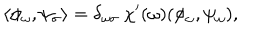
\langle \phi _ { \omega } , \psi _ { \sigma } \rangle = \delta _ { \omega \sigma } ~ \chi ^ { \prime } ( \omega ) ( \phi _ { \omega } , \psi _ { \omega } ) ,